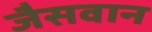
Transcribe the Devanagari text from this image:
जैसवान